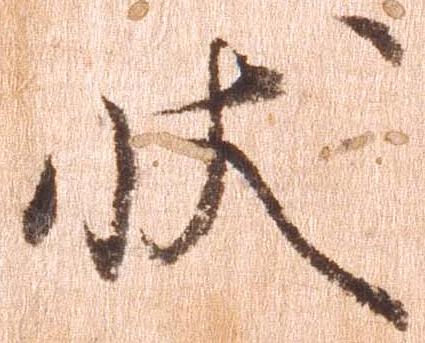
状